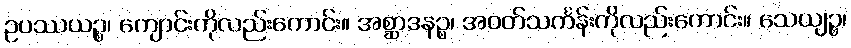
ဥပဿယဉ္စ၊ ကျောင်းကိုလည်းကောင်း။ အစ္ဆာဒနဉ္စ၊ အဝတ်သင်္ကန်းကိုလည်းကောင်း။ သေယျဉ္စ၊